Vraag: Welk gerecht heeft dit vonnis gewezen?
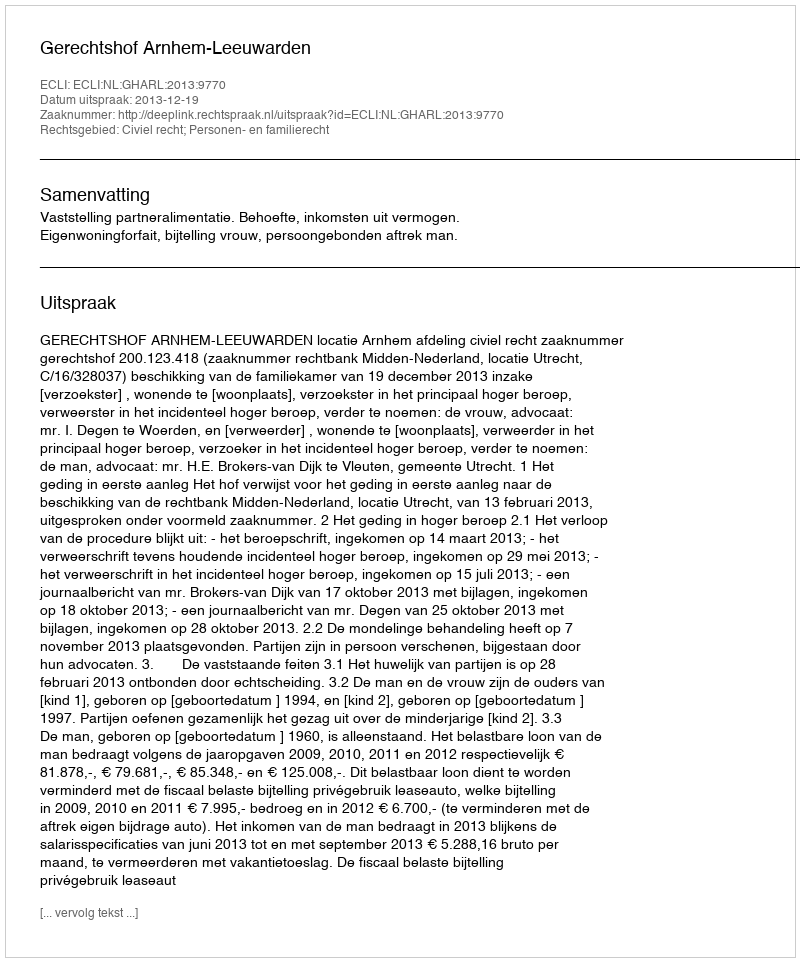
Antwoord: Gerechtshof Arnhem-Leeuwarden